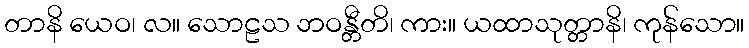
တာနိ ယေဝ၊ လ။ သောဠသ ဘဝန္တီတိ၊ ကား။ ယထာသုတ္တာနိ၊ ကုန်သော။